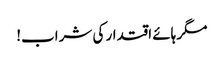
مگر ہائے اقتدار کی شراب!